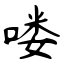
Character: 喽